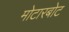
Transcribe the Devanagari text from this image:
मोटारबोट